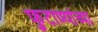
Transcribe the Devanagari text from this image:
फुटाण्यांच्या